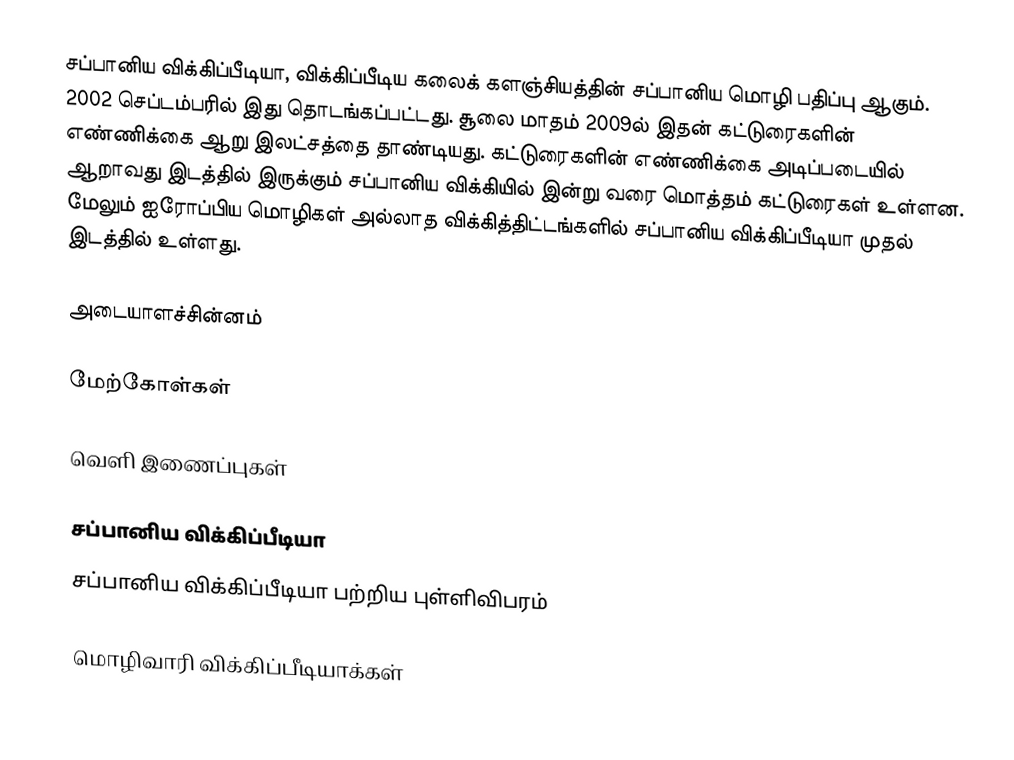
சப்பானிய விக்கிப்பீடியா, விக்கிப்பீடிய கலைக் களஞ்சியத்தின் சப்பானிய மொழி பதிப்பு ஆகும். 2002 செப்டம்பரில் இது தொடங்கப்பட்டது. சூலை மாதம் 2009ல் இதன் கட்டுரைகளின் எண்ணிக்கை ஆறு இலட்சத்தை தாண்டியது. கட்டுரைகளின் எண்ணிக்கை அடிப்படையில் ஆறாவது இடத்தில் இருக்கும் சப்பானிய விக்கியில் இன்று வரை மொத்தம் கட்டுரைகள் உள்ளன. மேலும் ஐரோப்பிய மொழிகள் அல்லாத விக்கித்திட்டங்களில் சப்பானிய விக்கிப்பீடியா முதல் இடத்தில் உள்ளது.

அடையாளச்சின்னம்

மேற்கோள்கள்

வெளி இணைப்புகள்

சப்பானிய விக்கிப்பீடியா
சப்பானிய விக்கிப்பீடியா பற்றிய புள்ளிவிபரம்

 மொழிவாரி விக்கிப்பீடியாக்கள்